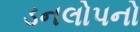
ડનલોપનો